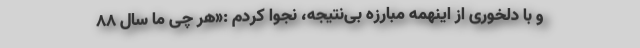
و با دلخوری از اینهمه مبارزه بی‌نتیجه، نجوا کردم :«هر چی ما سال ۸۸